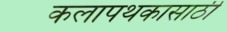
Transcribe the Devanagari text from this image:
कलापथकासाठी